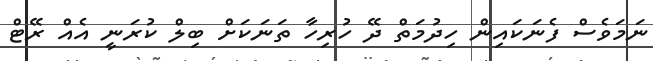
ނަމަވެސް ފެނަކައިން ހިދުމަތް ދޭ ހުރިހާ ތަނަކަށް ބިލް ކުރަނީ އެއް ރޭޓް